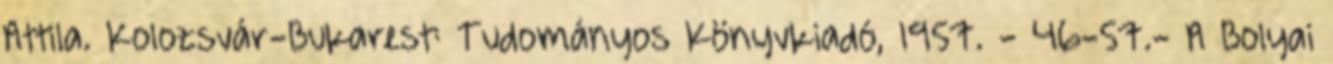
Attila. Kolozsvár-Bukarest: Tudományos Könyvkiadó, 1957. - 46-57.- A Bolyai